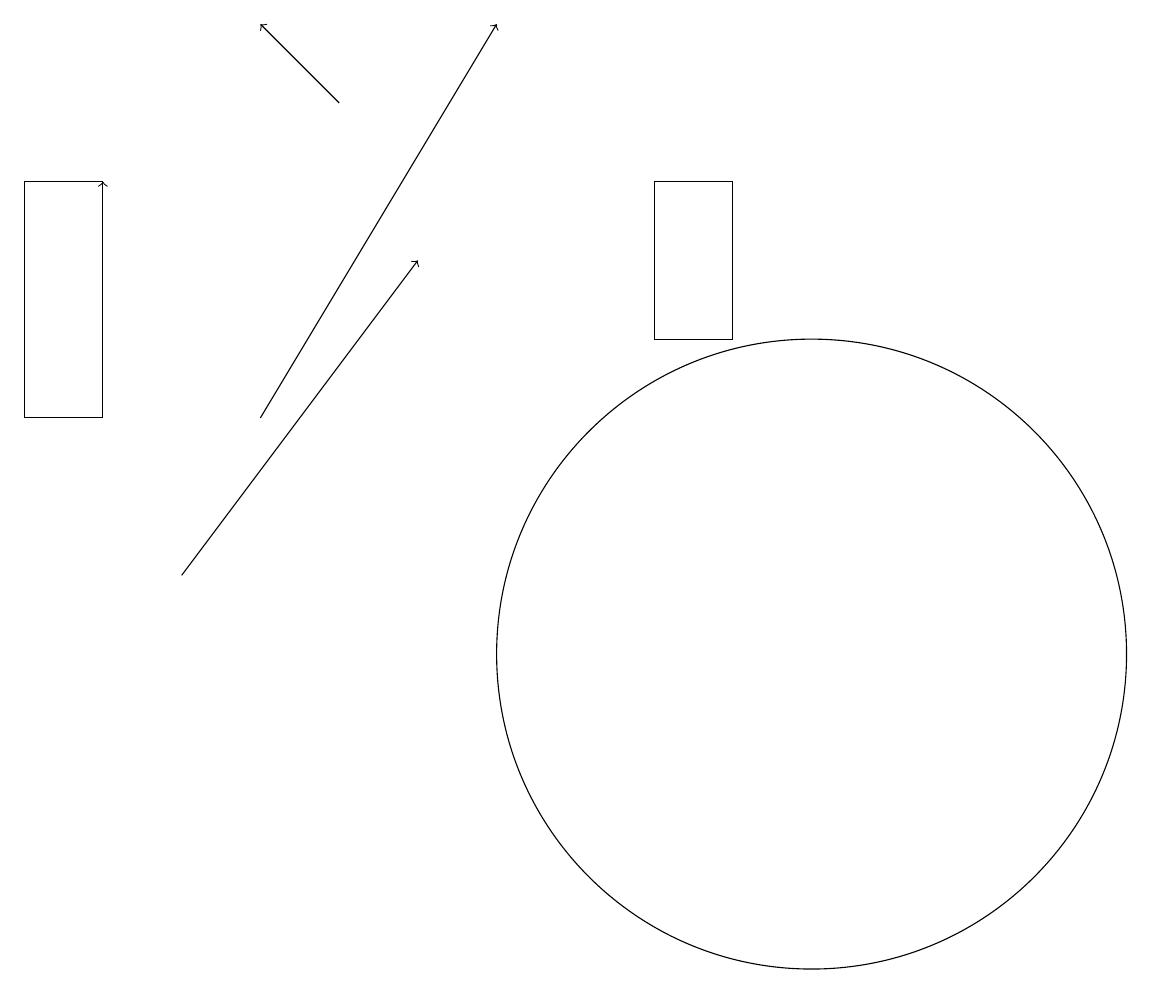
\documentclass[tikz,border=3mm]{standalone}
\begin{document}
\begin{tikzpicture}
\draw (10,11) circle (4);
\draw[->] (1,14) -- (1,17);
\draw[->] (3,14) -- (6,19);
\draw (1,17) rectangle (0,14);
\draw[->] (2,12) -- (5,16);
\draw[->] (4,18) -- (3,19);
\draw (8,15) rectangle (9,17);
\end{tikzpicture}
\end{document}